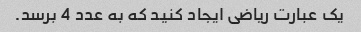
یک عبارت ریاضی ایجاد کنید که به عدد 4 برسد.